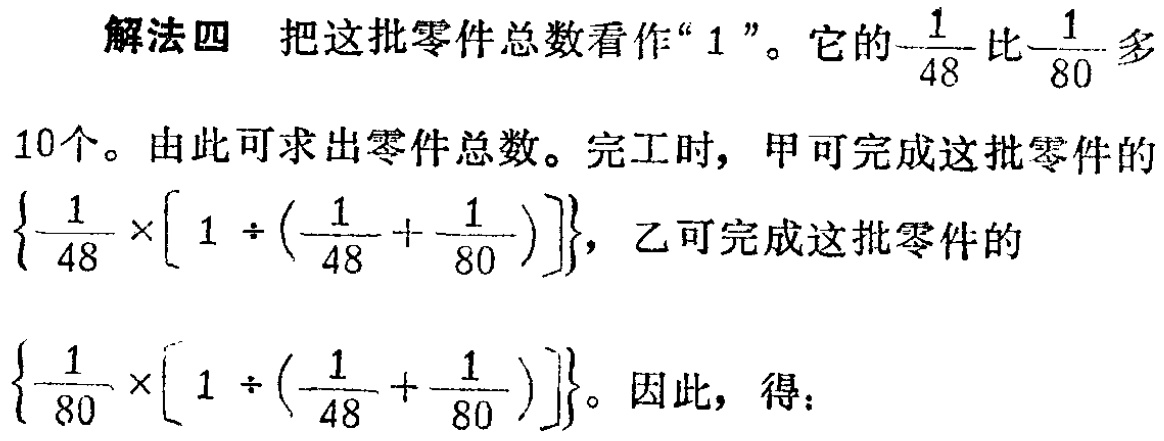
解法四 把这批零件总数看作“$1$”。它的$\frac{1}{48}$比$\frac{1}{80}$多
10个。由此可求出零件总数。完工时，甲可完成这批零件的
$\left\{\frac{1}{48} \times\left[1 \div\left(\frac{1}{48}+\frac{1}{80}\right)\right]\right\}$，乙可完成这批零件的
$\left\{\frac{1}{80} \times\left[1 \div\left(\frac{1}{48}+\frac{1}{80}\right)\right]\right\}$。因此，得：